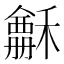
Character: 𥣃